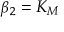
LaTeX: \beta _ { 2 } = K _ { M }